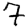
Digit: 7